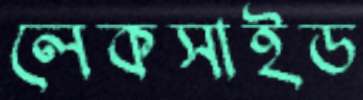
লেকসাইড